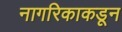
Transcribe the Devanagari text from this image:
नागरिकाकडून